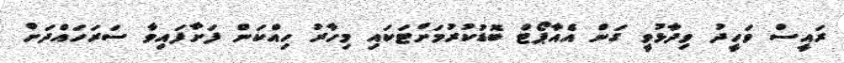
ރައީސް ވަހީދު ވިދާޅުވީ ގަން އެއާޕޯޓް ބޮޑުކުރުމަށްޓަކައި މިހާރު ހިއްކަން ފަށާފައިވާ ސަރަހައްދަށް